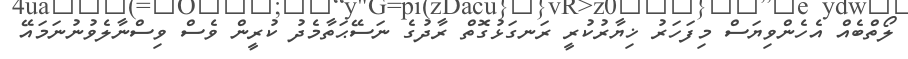
ލޯތްބެއް އެހެންވިޔަސް މިފަހަރު ޚިޔާރުކުރީ ރަނގަޅުގޮތް ރާދުގެ ނަސޭޙަތާމެދު ކުރީން ވެސް ވިސްނާލެވުނުނަމައޭ